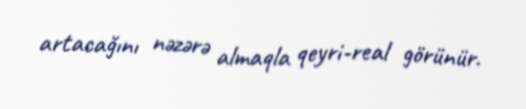
artacağını nəzərə almaqla qeyri-real görünür.